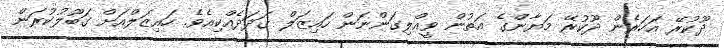
ދޫކުރޭ އަހަރެން ދޫކުރޭ މަޔާންގެ އަތުން ވީއްލިގަންނަން ހައިޒަލް ގަދަދެއްކިއެވެ. ހައިޒަލްއަށް ގަބޫލުކުރަން